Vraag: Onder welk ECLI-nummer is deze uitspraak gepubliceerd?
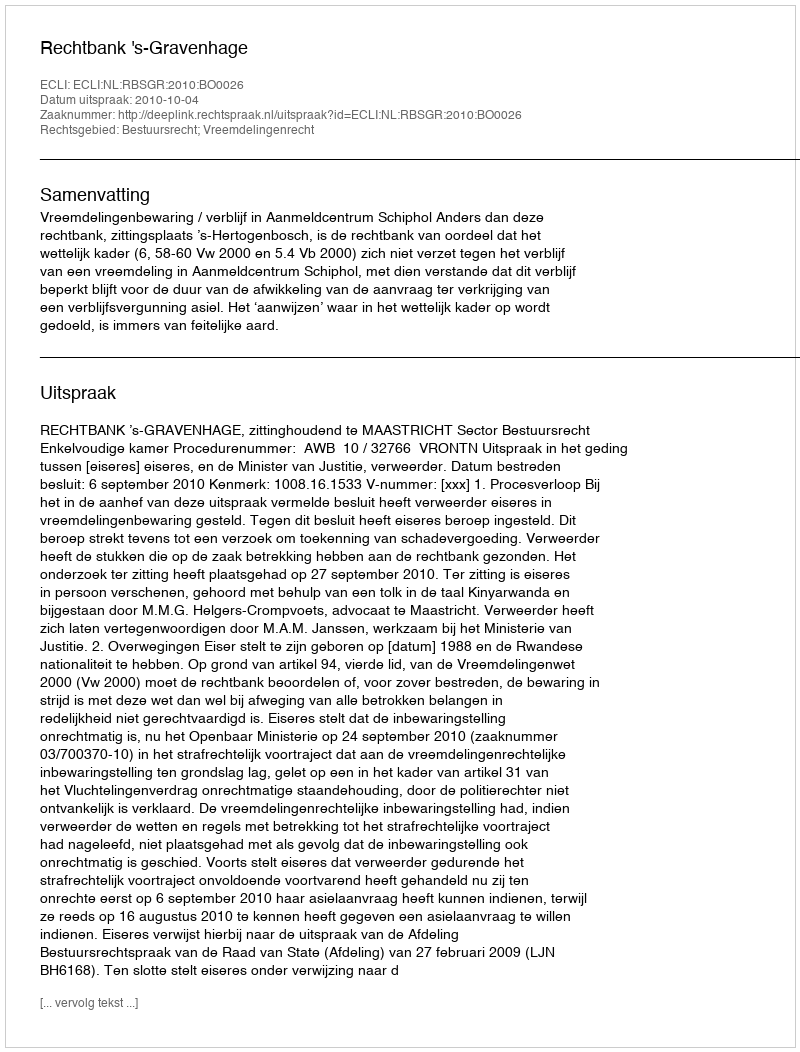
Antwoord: ECLI:NL:RBSGR:2010:BO0026